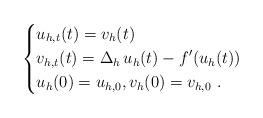
LaTeX: \begin{align*}\left \{\begin{aligned} & u_{h, t}(t) = v_h(t) & \\& v_{h, t}(t) = \Delta_h\, u_h(t) - f'(u_h(t)) & \\&u_h(0) = u_{h,0}, v_h(0) = v_{h,0} \ .\end{aligned} \right .\end{align*}